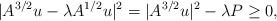
LaTeX: \begin{align*}|A^{3/2}u-\lambda A^{1/2}u|^2=|A^{3/2}u|^2-\lambda P \geq 0,\end{align*}